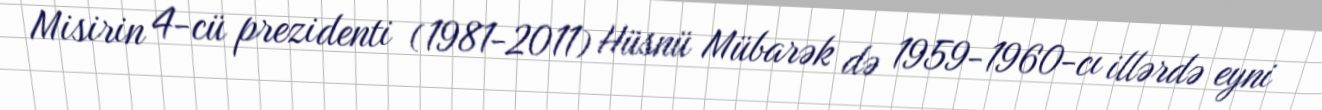
Misirin 4-cü prezidenti (1981-2011) Hüsnü Mübarək də 1959-1960-cı illərdə eyni